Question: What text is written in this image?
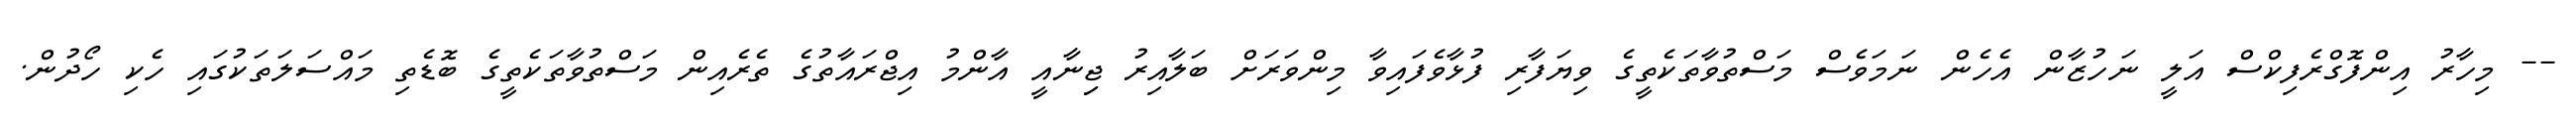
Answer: -- މިހާރު އިންފޮގްރެފިކްސް އަލީ ނަހުޒާން އެހެން ނަމަވެސް މަސްތުވާތަކެތީގެ ވިޔަފާރި ފުޅާވެފައިވާ މިންވަރަށް ބަލާއިރު ޖިިނާއީ އާންމު އިޖްރައާތުގެ ތެރެއިން މަސްތުވާތަކެތީގެ ބޮޑެތި މައްސަލަތަކުގައި ހެކި ހޯދުން.